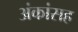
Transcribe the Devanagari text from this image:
अंकांसह